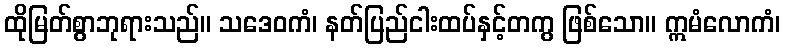
ထိုမြတ်စွာဘုရားသည်။ သဒေဝကံ၊ နတ်ပြည်ငါးထပ်နှင့်တကွ ဖြစ်သော။ ဣမံလောကံ၊